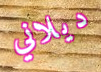
ديلاني